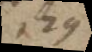
129